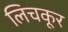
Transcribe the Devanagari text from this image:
लिचकूर